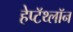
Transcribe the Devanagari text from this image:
हेप्टॅथ्‍लॉन